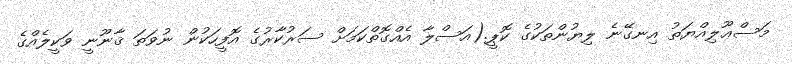
މަސްޢޫލިއްޔަތު އިނގޭނެ ލިޔުންތަކުގެ ކޮޕީ.(އަސްލާ އެއްގޮތްކަމަށް ސަރުކާރުގެ އޮފީހަކުން ނުވަތަ ޤާނޫނީ ވަކީލެއްގެ